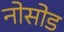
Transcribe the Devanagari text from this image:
नोसोड